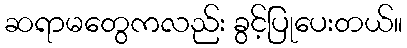
ဆရာမတွေကလည်း ခွင့်ပြုပေးတယ်။